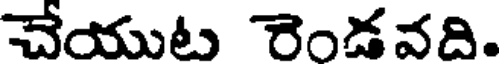
చేయుట రెండవది.